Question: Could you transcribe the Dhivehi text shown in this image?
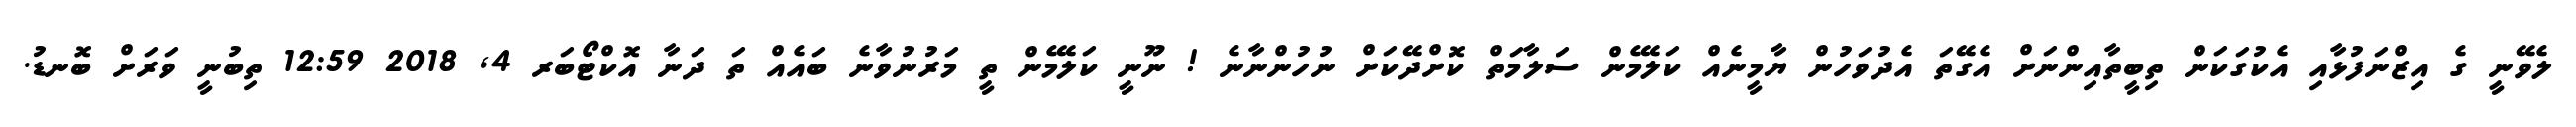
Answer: ލެވޭނީ ގެ އިޒްނަފުޅާއި އެކުގަކަން ތިބީތާއިންނަށް އެގޭތަ އެދުވަހުން ޔާމީނެއް ކަލޭމެން ސަލާމަތް ކޮށްދޭކަށް ނުހުންނާނެ ! ނޫނީ ކަލޭމެން ތީ މަރުނުވާނެ ބައެއް ތަ ދަނާ އޮކްޓޯބަރ 4, 2018 12:59 ތިބުނީ ވަރަށް ބޮނޑު.